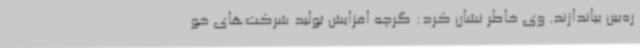
ره‌بین بیاندازند. وی خاطر نشان کرد: گرچه افزایش تولید شرکت‌های خو